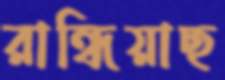
রান্ধিয়াছ